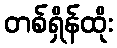
တစ်ရှိန်ထိုး